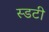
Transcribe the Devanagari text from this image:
स्डटी